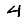
Digit: 4